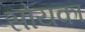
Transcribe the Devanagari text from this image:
सोयका